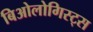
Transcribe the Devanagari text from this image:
बिओलोगिस्ट्स